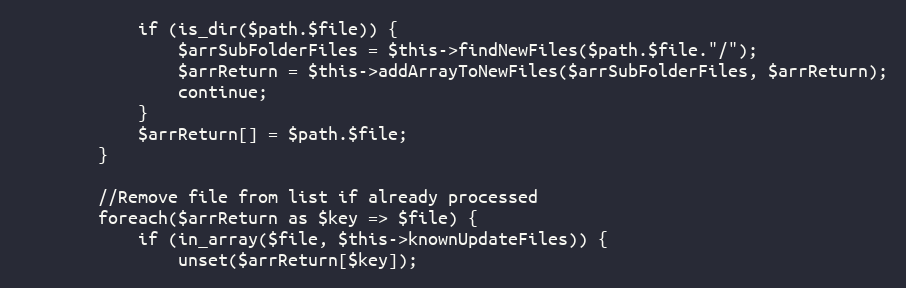
Language: PHP
            if (is_dir($path.$file)) {
                $arrSubFolderFiles = $this->findNewFiles($path.$file."/");
                $arrReturn = $this->addArrayToNewFiles($arrSubFolderFiles, $arrReturn);
                continue;
            }
            $arrReturn[] = $path.$file;
        }

        //Remove file from list if already processed
        foreach($arrReturn as $key => $file) {
            if (in_array($file, $this->knownUpdateFiles)) {
                unset($arrReturn[$key]);